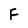
Character: F